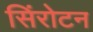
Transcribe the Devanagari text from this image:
सिंरोटन